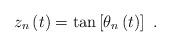
LaTeX: \begin{align*}z_{n}\left( t\right) =\tan \left[ \theta _{n}\left( t\right) \right] ~.\end{align*}